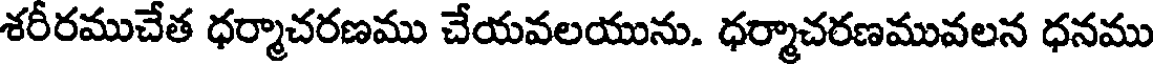
శరీరముచేత ధర్మాచరణము చేయవలయును. ధర్మాచరణమువలన ధనము